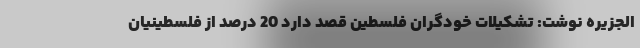
الجزیره نوشت: تشکیلات خودگران فلسطین قصد دارد 20 درصد از فلسطینیان